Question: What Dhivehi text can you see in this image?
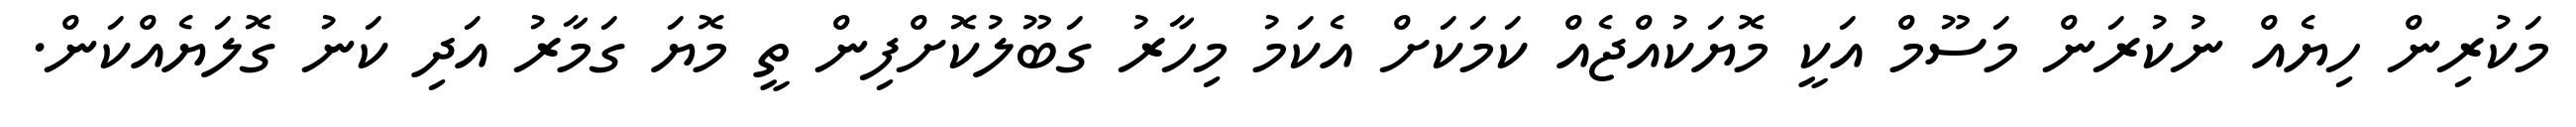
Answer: މަކުރިން ހިޔެއް ނުކުރަން މަސޫމް އަކީ މޮޔަކުއްޖެއް ކަމަކަށް އެކަމު މިހާރު ގަބޫލުކޮށްފިން ތީ މޮޔަ ގަމާރު އަދި ކަނު ގޮލަޔެއްކަން.